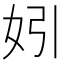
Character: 𡛅